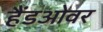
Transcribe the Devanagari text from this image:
हैंडओवर